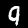
Label: 9